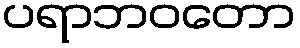
ပရာဘဝတော